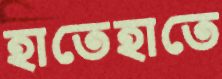
হাতেহাতে